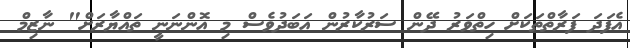
އެފަދަ ފަރާތްތަކަށް ހިތްވަރު ދޭން ސަރުކާރުން އަބަދުވެސް މި އޮންނަނީ ތައްޔާރަށް" ނާޒިމް